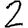
Digit: 2